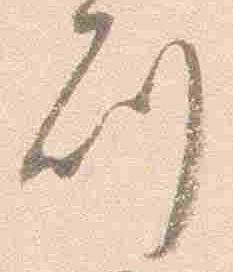
刻